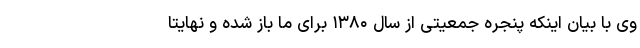
وی با بیان اینکه پنجره جمعیتی از سال ۱۳۸۰ برای ما باز شده و نهایتاً